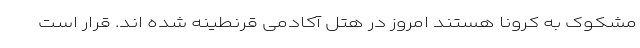
مشکوک به کرونا هستند امروز در هتل آکادمی قرنطینه شده اند. قرار است